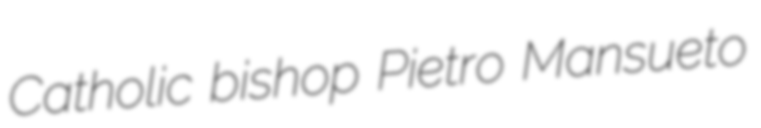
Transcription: Catholic bishop Pietro Mansueto